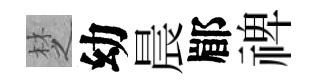
椘幼晨郿禆